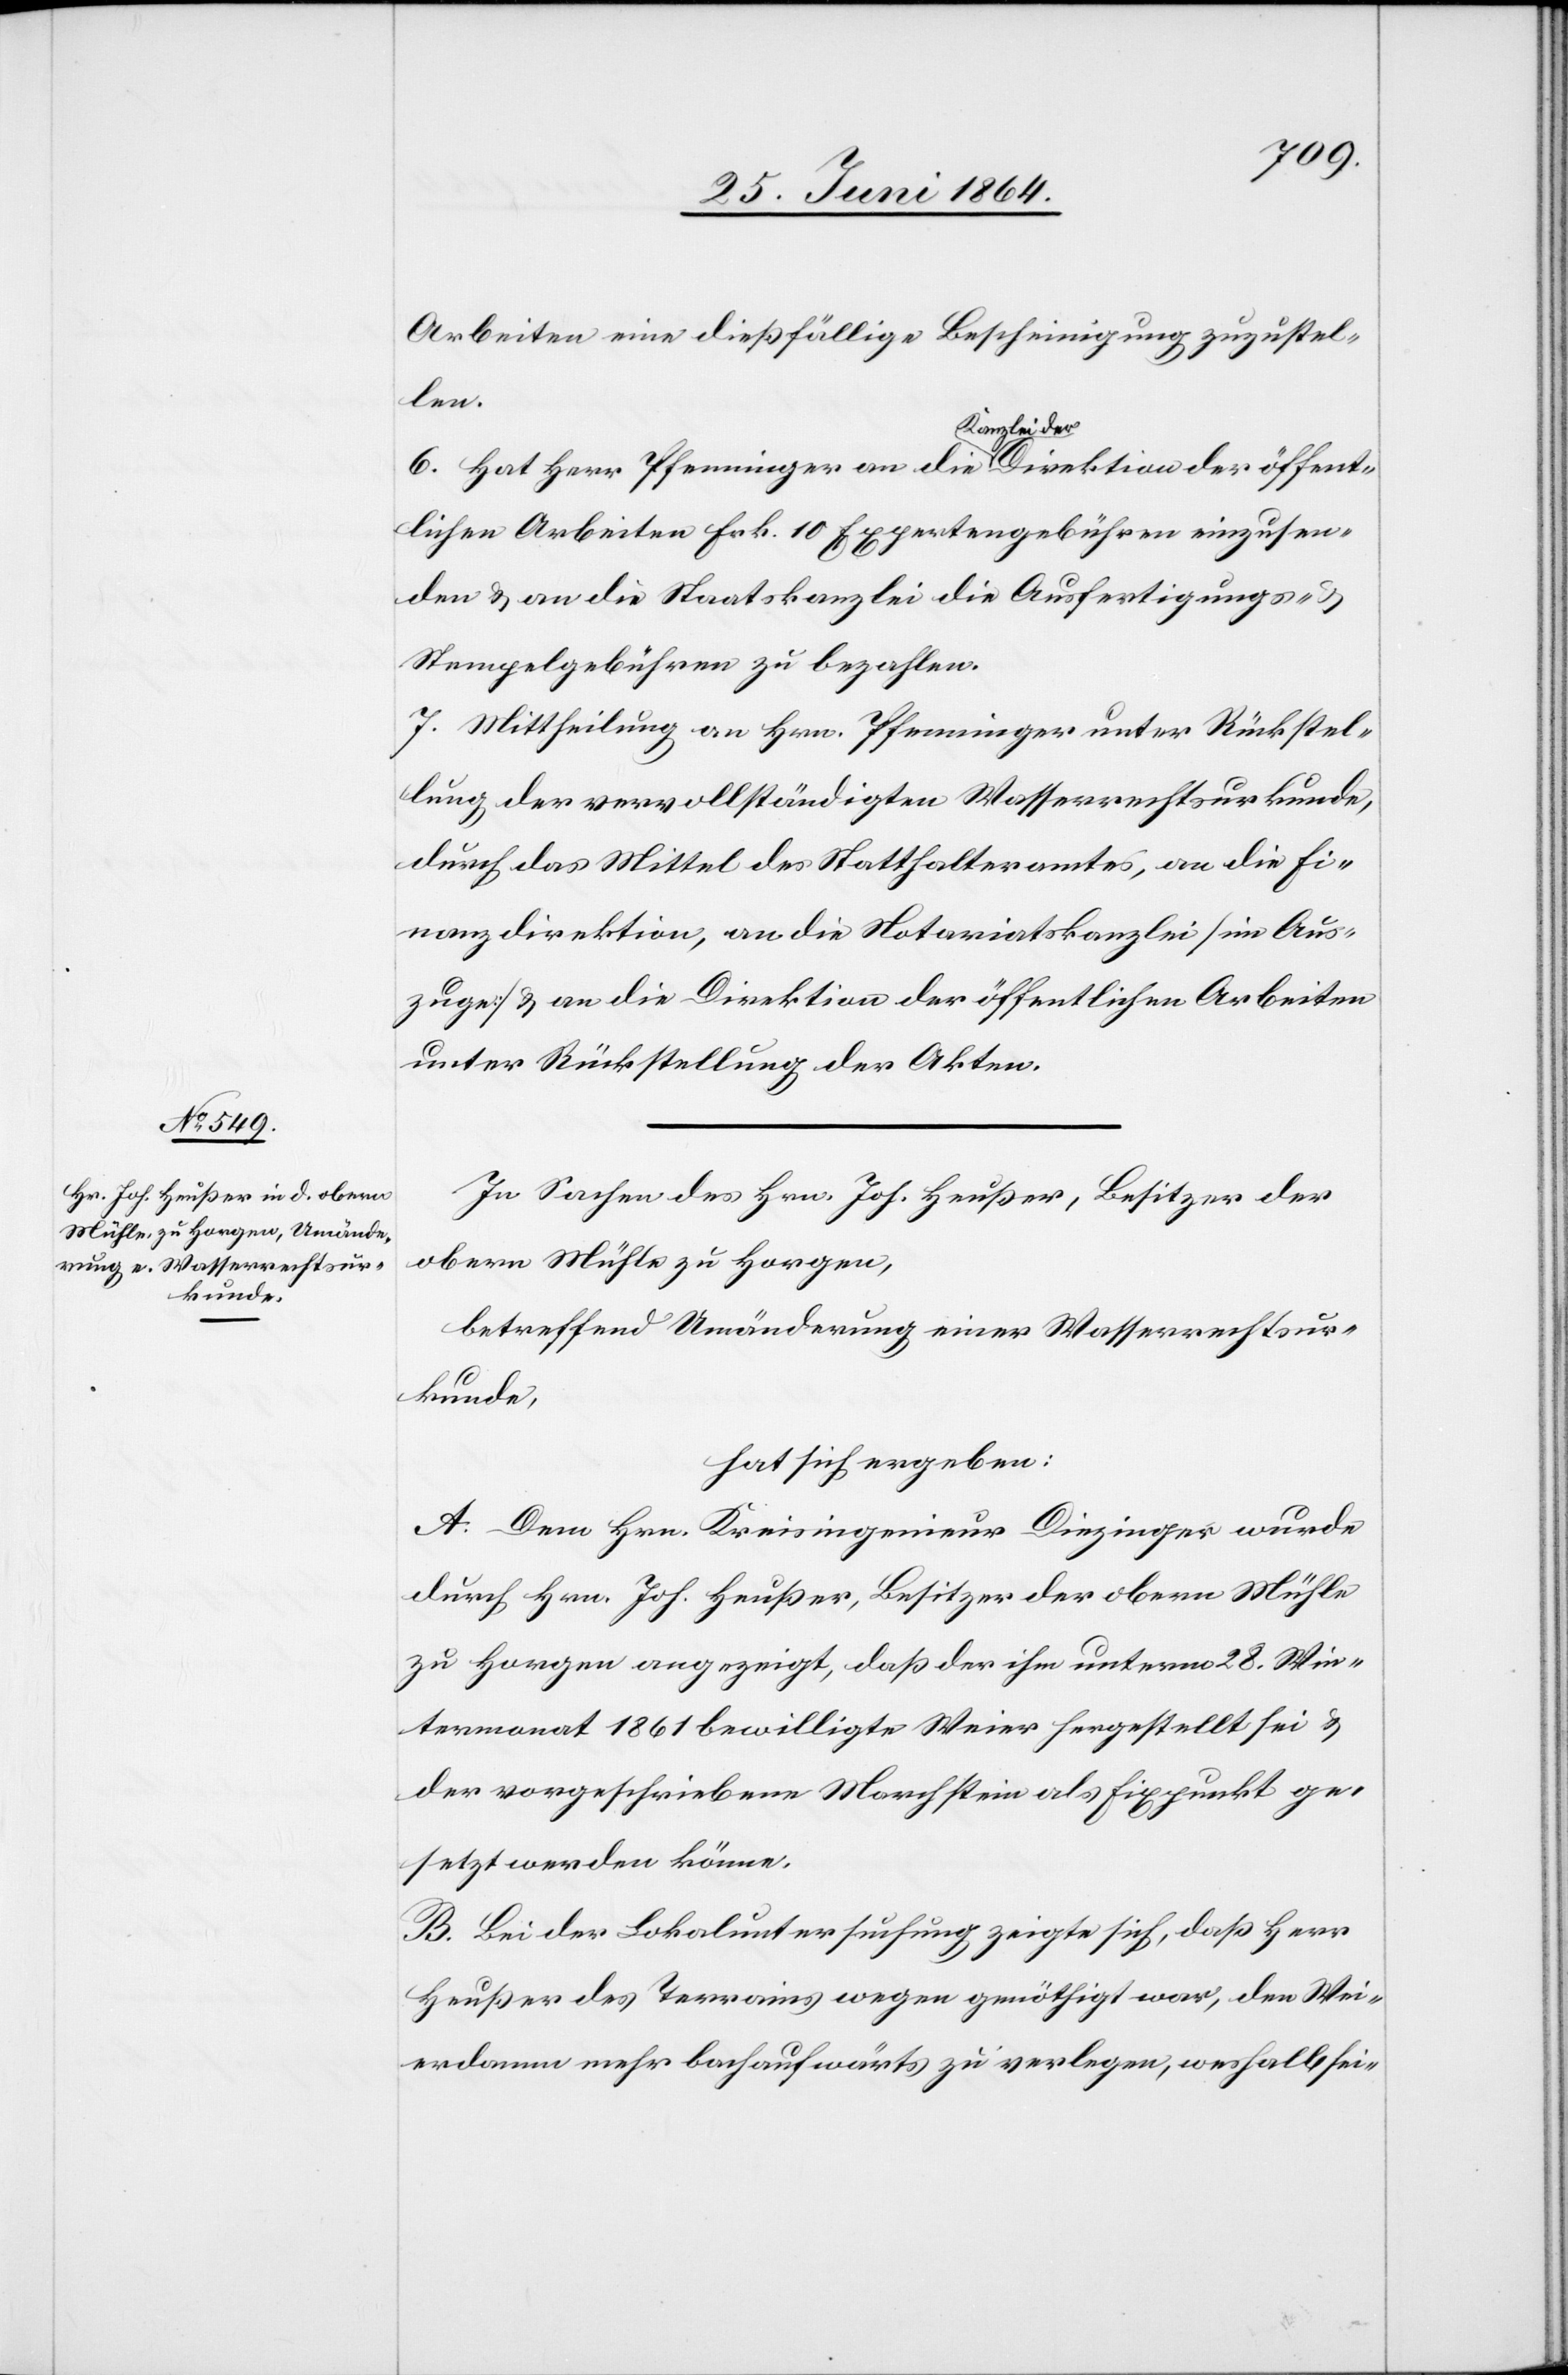
Arbeiten eine dießfällige Bescheinigung zuzustel¬
len.
6. Hat Herr Pfenninger an die Kanzlei der Direktion der öffent¬
lichen Arbeiten Frk. 10 Expertengebühren einzusen¬
den u. an die Staatskanzlei die Ausfertigungs- u.
Stempelgebühren zu bezahlen.
7. Mittheilung an Hrn. Pfenninger unter Rückstel¬
lung der vervollständigten Wasserrechtsurkunde,
durch das Mittel des Statthalteramtes, an die Fi¬
nanzdirektion, an die Notariatskanzlei [im Aus¬
zuge] u. an die Direktion der öffentlichen Arbeiten
unter Rückstellung der Akten.
In Sachen des Hrn. Joh. Heußer, Besitzer der
obern Mühle zu Horgen,
betreffend Umänderung einer Wasserrechtsur¬
kunde,
hat sich ergeben:
A. Dem Hrn. Kreisingenieur Diezinger wurde
durch Hrn. Joh. Heußer, Besitzer der obern Mühle
zu Horgen angezeigt, daß der ihm unterm 28. Win¬
termonat 1861 bewilligte Weier hergestellt sei u.
der vorgeschrieben Marchstein als Fixpunkt ge¬
setzt werden könne.
B. Bei der Lokaluntersuchung zeigte sich, daß Herr
Heußer des Terrains wegen genöthigt war, den Wei¬
erdamm mehr bachaufwärts zu verlegen, weshalb sei-